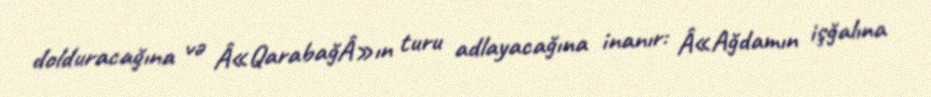
dolduracağına və Â«QarabağÂ»ın turu adlayacağına inanır: Â«Ağdamın işğalına